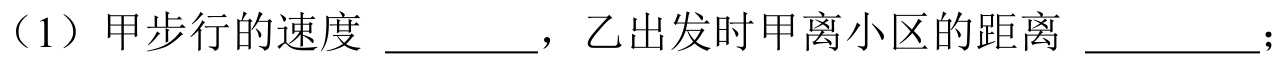
（1）甲步行的速度 \_\_\_\_\_ ，乙出发时甲离小区的距离 \_\_\_\_\_\_；